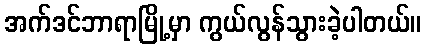
အက်ဒင်ဘာရာမြို့မှာ ကွယ်လွန်သွားခဲ့ပါတယ်။